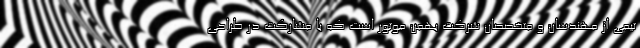
تیمی از مهندسان و متخصصان شرکت بهمن موتور است که با مشارکت در طراحی